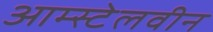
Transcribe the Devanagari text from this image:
आम्स्टेलवीन